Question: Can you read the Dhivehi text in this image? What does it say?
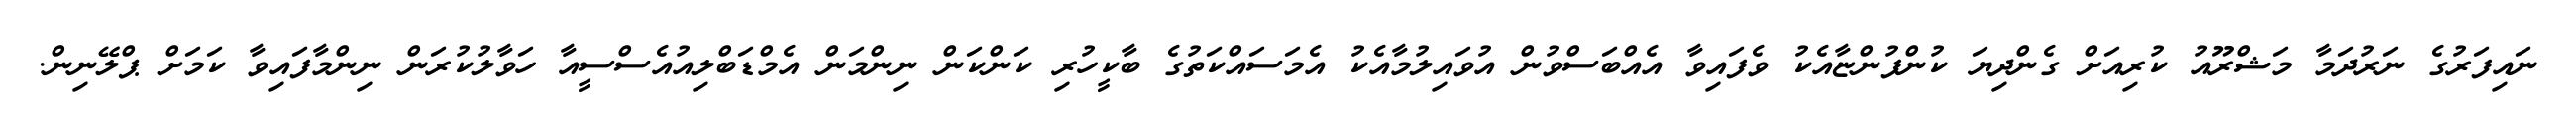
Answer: ނައިފަރުގެ ނަރުދަމާ މަޝްރޫއު ކުރިއަށް ގެންދިޔަ ކުންފުންޏާއެކު ވެފައިވާ އެއްބަސްވުން އުވައިލުމާއެކު އެމަސައްކަތުގެ ބާކީހުރި ކަންކަން ނިންމަން އެމްޑަބްލިއުއެސްސީއާ ހަވާލުކުރަން ނިންމާފައިވާ ކަމަށް ޕްލޭނިން.